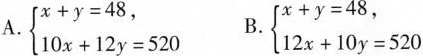
A.$$\begin{cases}